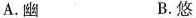
A.幽 B.悠